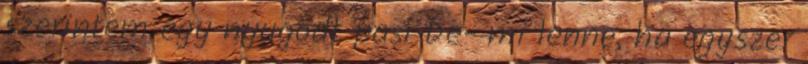
szerintem egy nyugodt pasi De- mi lenne, ha egyszer